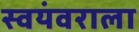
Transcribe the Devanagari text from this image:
स्वयंवराला